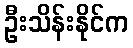
ဦးသိန်းနိုင်က